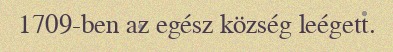
1709-ben az egész község leégett.